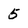
Character: 5